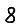
Digit: 8